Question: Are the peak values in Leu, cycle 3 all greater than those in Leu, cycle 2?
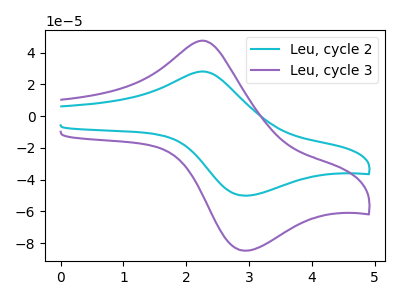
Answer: <think>The cyan curve "Leu, cycle 2" has an anodic peak at (2.25V, 28.05uA) and a cathodic peak at (2.95V, -50.10uA). The purple curve "Leu, cycle 3" has an anodic peak at (2.25V, 47.45uA) and a cathodic peak at (2.95V, -84.75uA).</think>
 <answer>Every peak in "Leu, cycle 3" is higher than every peak in "Leu, cycle 2".</answer>
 <eval>higher</eval>